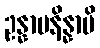
ဥန္နာမနိန္နာမိ